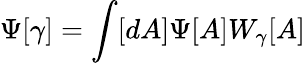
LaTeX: \Psi[\gamma]=\int[dA]\Psi[A]W_{\gamma}[A]